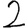
Digit: 2